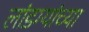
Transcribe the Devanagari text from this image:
लांडग्यांच्या